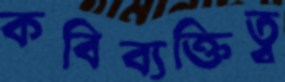
কবিব্যক্তিত্ব